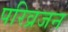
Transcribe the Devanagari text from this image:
परिव्रजन